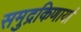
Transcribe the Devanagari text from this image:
समुद्रकिणार्या